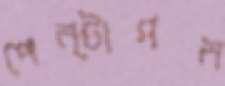
পেন্টাগন